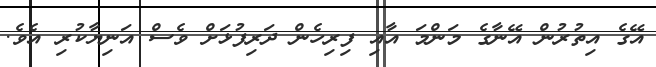
އޭގެ އިތުރުން އޭނާގެ މަންމަ އާއި ފިރިހެން ދަރިފުޅަށް ވެސް އަނިޔާކުރި އެވެ.